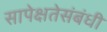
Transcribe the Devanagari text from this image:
सापेक्षतेसंबंधी